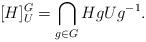
LaTeX: \begin{align*} [H]_U^G=\bigcap_{g\in G} H gUg^{-1}. \end{align*}